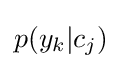
p(y_{k}|c_{j})